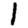
Digit: 1